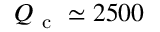
\ensuremath { Q _ { \mathrm { ~ c ~ } } } \simeq 2 5 0 0